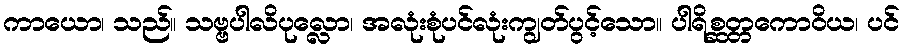
ကာယော၊ သည်။ သဗ္ဗပါလိပုလ္လော၊ အလုံးစုံပင်လုံးကျွတ်ပွင့်သော။ ပါရိစ္ဆတ္တကောဝိယ၊ ပင်